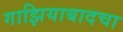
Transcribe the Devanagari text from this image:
गाझियाबादचा